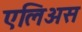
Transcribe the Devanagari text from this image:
एलिअस